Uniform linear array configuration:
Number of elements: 32
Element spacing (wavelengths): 0.25
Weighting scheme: binomial
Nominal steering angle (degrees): -60
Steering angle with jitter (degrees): -60.159
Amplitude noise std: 0.05
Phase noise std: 0.05

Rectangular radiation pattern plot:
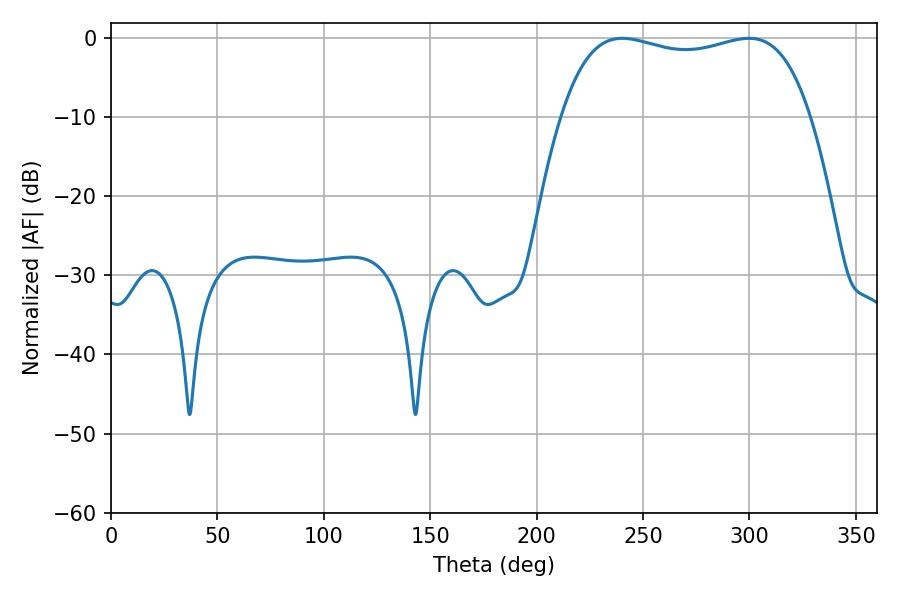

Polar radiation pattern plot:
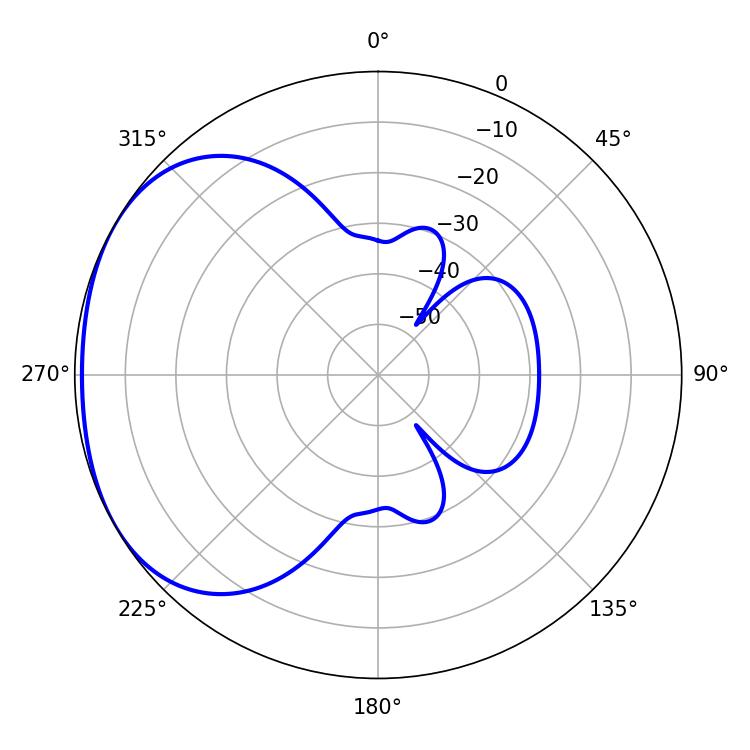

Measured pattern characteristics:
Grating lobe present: FALSE
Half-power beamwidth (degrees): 94.68
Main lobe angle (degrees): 240.3